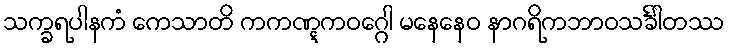
သက္ခရပါနကံ ကေသာတိ ကကဏ္ဋကဝဂ္ဂေါ မနေနေဝ နာဂရိကဘာဝသင်္ခါတဿ